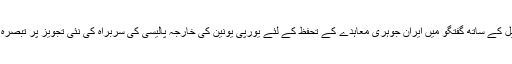
دوسری جانب اسلامی جمہوریہ ایران کی پارلیمنٹ کے اسپیکرعلی لاریجانی نے Russia Todayٹی وی چنیل کے ساتھ گفتگو میں ایران جوہری معاہدے کے تحفظ کے لئے یورپی یونین کی خارجہ پالیسی کی سربراہ کی نئی تجویز پر تبصرہ کرتے ہوئے کہا کہ ایران اور یورپی یونین کے درمیان باہمی تعاون سے مایوس ہونے کی کوئی وجہ نہیں ہے۔